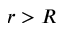
r > R